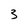
Character: 3